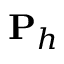
{ \bf P } _ { h }